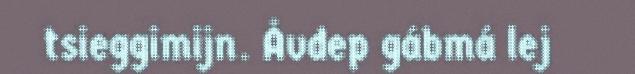
tsieggimijn. Åvdep gábmá lej